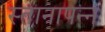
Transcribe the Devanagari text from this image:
स्तानापन्न